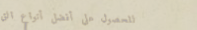
للحصول على أفضل أنواع الق